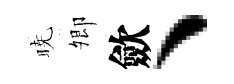
暁𡖖歛、